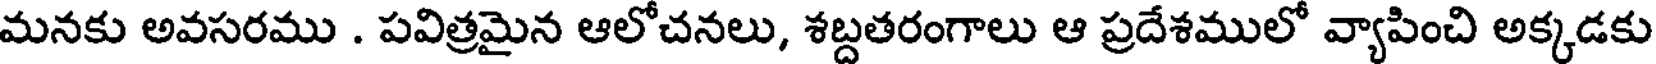
మనకు అవసరము . పవిత్రమైన ఆలోచనలు, శబ్దతరంగాలు ఆ ప్రదేశములో వ్యాపించి అక్కడకు